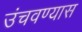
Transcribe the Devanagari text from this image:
उंचवण्यास